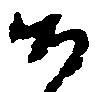
候